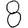
Digit: 8